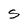
Character: S